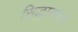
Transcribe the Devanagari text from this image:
सिद्धासन।